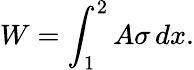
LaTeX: W=\int_{1}^{2}A\sigma\, dx.